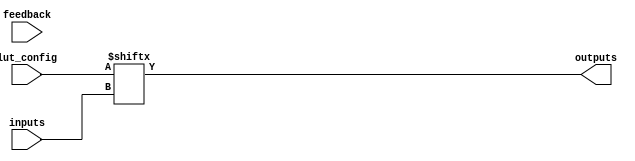
module combinational_logic_block #(
    parameter N_INPUTS = 4, // Number of inputs to the CLB
    parameter N_OUTPUTS = 1, // Number of outputs from the CLB
    parameter LUT_SIZE = 16  // Size of the LUT (2^N_INPUTS)
)(
    input wire [N_INPUTS-1:0] inputs, // CLB inputs
    input wire [LUT_SIZE-1:0] lut_config, // LUT configuration
    input wire feedback, // Feedback input for cascading
    output wire [N_OUTPUTS-1:0] outputs // CLB outputs
);

// Logic Element (LE) within the CLB
generate
    genvar i;
    for (i = 0; i < N_OUTPUTS; i = i + 1) begin : le
        wire [N_INPUTS-1:0] lut_input;
        assign lut_input = (i == 0) ? inputs : {feedback, outputs[i-1]};
        
        // LUT implementation
        assign outputs[i] = lut_config[lut_input];
    end
endgenerate

endmodule